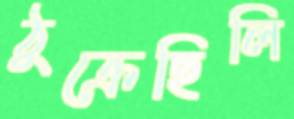
ঠুক্‌রেছিলি